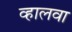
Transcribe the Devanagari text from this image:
व्हालवा